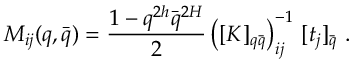
M _ { i j } ( q , \bar { q } ) = \frac { 1 - q ^ { 2 h } \bar { q } ^ { 2 H } } { 2 } \left( [ K ] _ { q \bar { q } } \right) _ { i j } ^ { - 1 } \, [ t _ { j } ] _ { \bar { q } } \, \, .